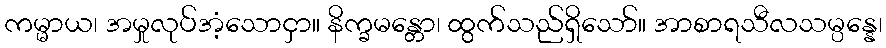
ကမ္မာယ၊ အမှုလုပ်အံ့သောငှာ။ နိက္ခမန္တော၊ ထွက်သည်ရှိသော်။ အာစာရသီလသမ္ပန္နေ၊